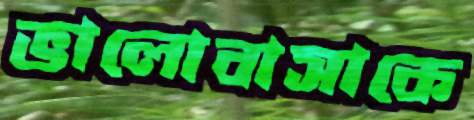
ভালোবাসাকে